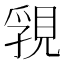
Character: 𧠾